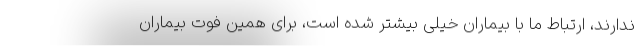
ندارند، ارتباط ما با بیماران خیلی بیشتر شده است، برای همین فوت بیماران